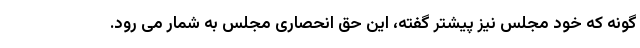
گونه که خود مجلس نیز پیشتر گفته، این حق انحصاری مجلس به شمار می رود.